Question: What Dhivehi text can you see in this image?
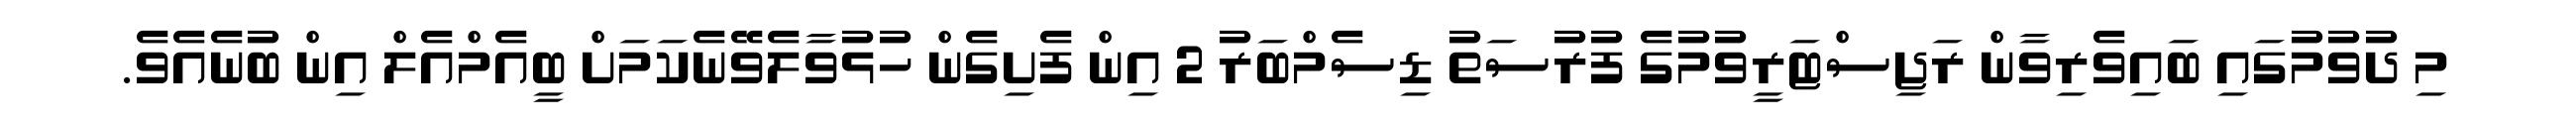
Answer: މި ދުވުމުގައި ބައިވެރިވާން ރަޖިސްޓަރީވުމުގެ ފުރުސަތު ޑިސެމްބަރު 2 އިން ފެށިގެން ހުޅުވާލެވޭނެކަމަށް ބީއެމްއެލް އިން ބުނެއެވެ.